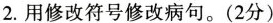
2.用修改符号修改病句。(2分)